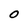
Character: 0